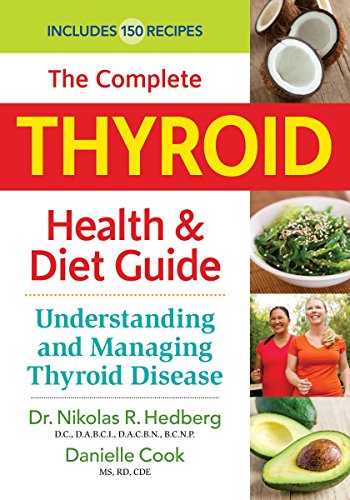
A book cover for The Complete Thyroid Health and Diet Guide: Understanding and Managing Thyroid Disease; Dr. Nikolas Hedberg; Health, Fitness & Dieting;